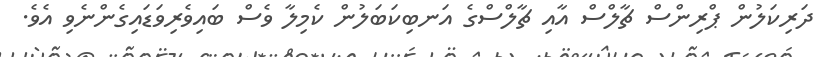
ދަރިކަލުން ޕްރިންސް ޗާލްސް އާއި ޗާލްސްގެ އަނބިކަބަލުން ކެމިލާ ވެސް ބައިވެރިވަޑައިގެންނެވި އެވެ.